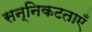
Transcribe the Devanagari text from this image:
सन्निकटताएँ